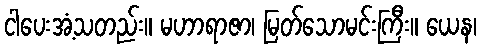
ငါပေးအံ့သတည်း။ မဟာရာဇာ၊ မြတ်သောမင်းကြီး။ ယေန၊